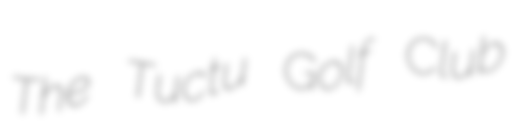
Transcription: The Tuctu Golf Club